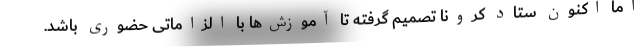
اما اکنون ستاد کرونا تصمیم گرفته تا آموزش‌ها با الزاماتی حضوری باشد.